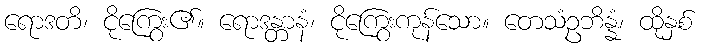
ရောဒတိ၊ ငိုကြွေး၏။ ရောဒန္တာနံ၊ ငိုကြွေးကုန်သော။ တေသံဥဘိန္နံ၊ ထိုနှစ်